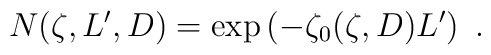
N(\zeta,L',D) = \exp \left( -\zeta_0 (\zeta,D) L' \right)\ .